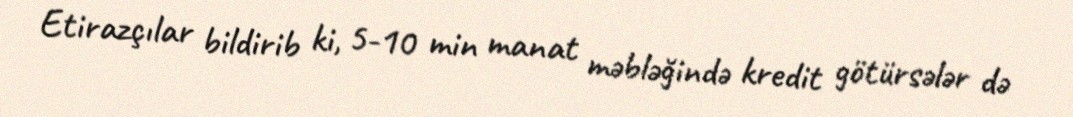
Etirazçılar bildirib ki, 5-10 min manat məbləğində kredit götürsələr də